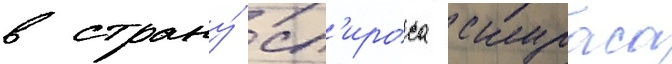
в страну́ сп'ироса скураса